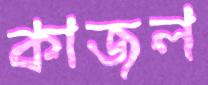
কাজল